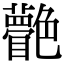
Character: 䒐